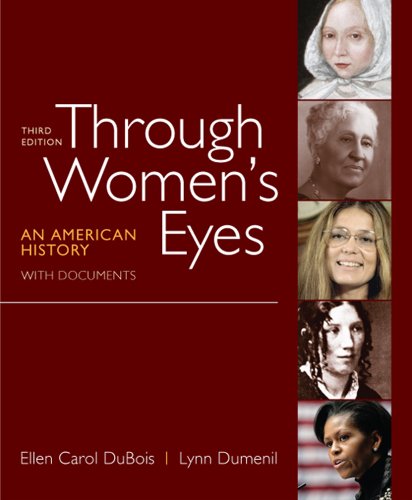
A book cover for Through Women's Eyes, Combined Volume: An American History with Documents; Ellen Carol DuBois; History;